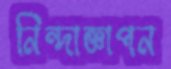
নিন্দাজ্ঞাপন